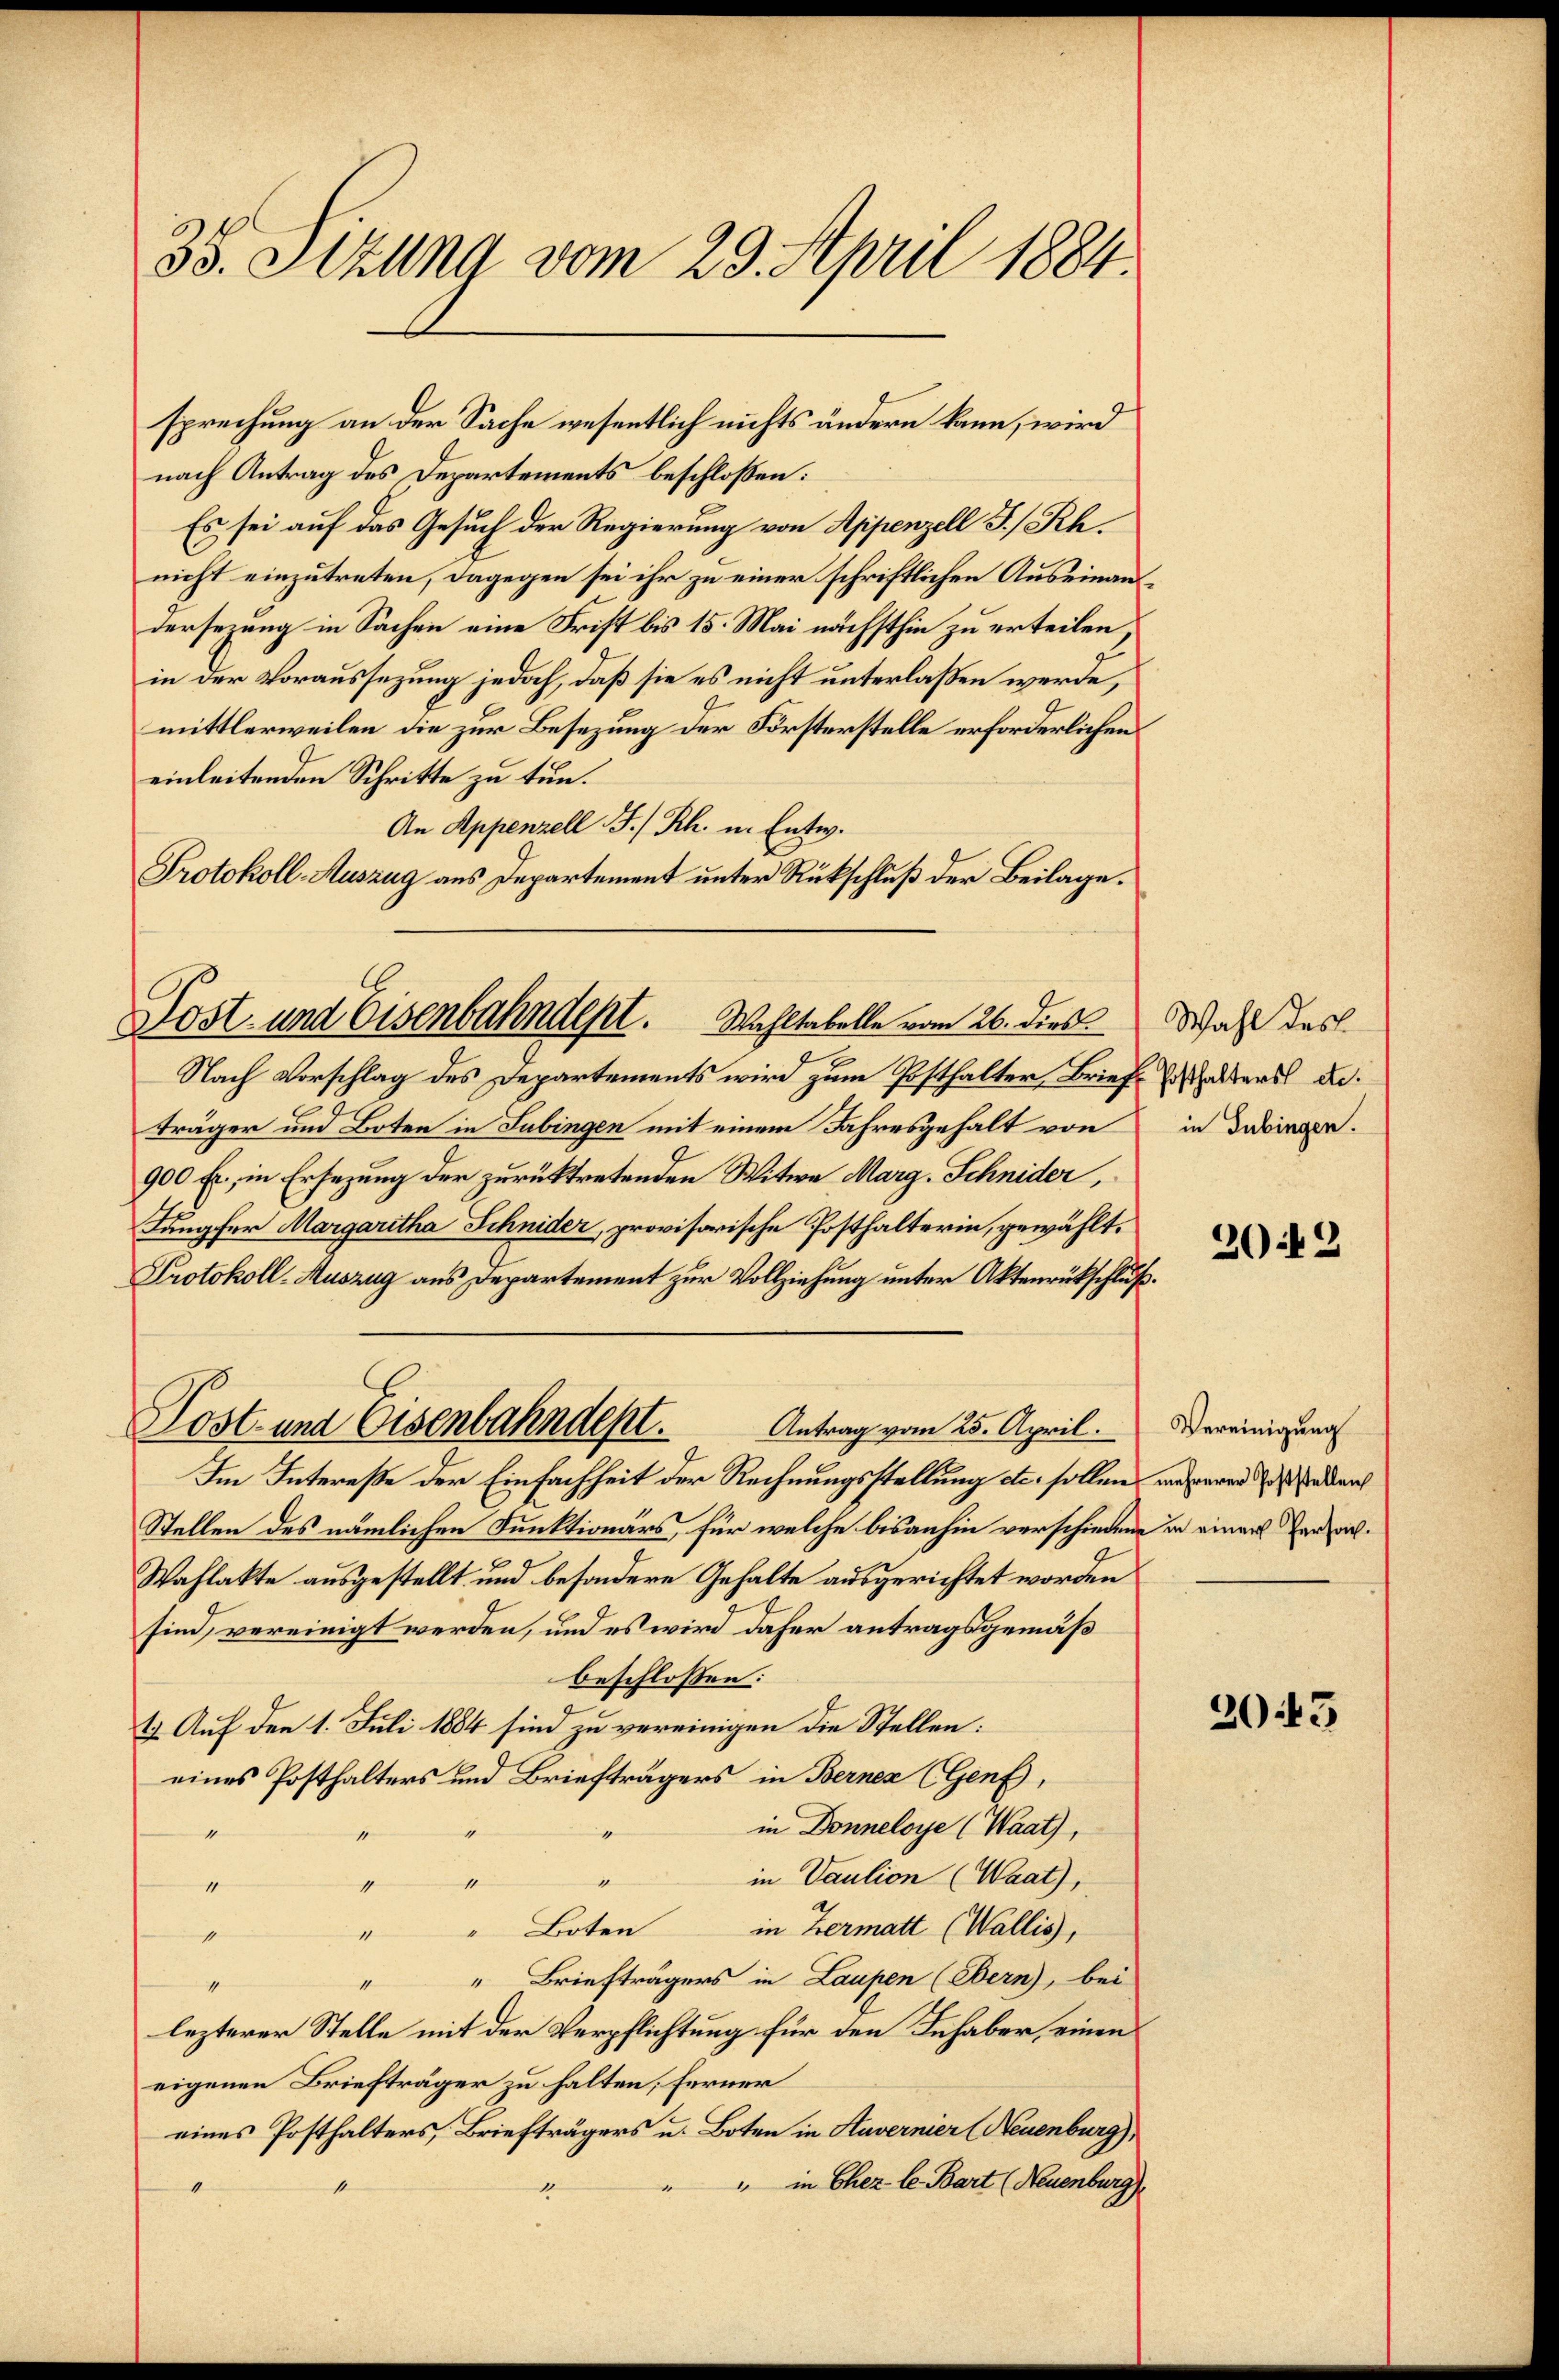
35. Stzung vom 29. April 1884.

sprechung an der Sache wesentlich nichts ändern kann, wird
nach Antrag des Departements beschloßen:
Es sei auf das Gesuch der Regierung von Appenzell I/Rh.
nicht einzutreten, dagegen sei ihr zu einer schriftlichen Auseinanderseiung in Sachen eine Frist bis 15. Mai nächsthin zu erteilen,
in der Voraussezung jedoch, daß sie es nicht unterlaßen werde,
mittlerweilen die zur Besezung der Försterstelle erforderlichen
einleitenden Schritte zu tun.
An Appenzell I/Rh. in Entw.
Protokoll-Auszug aus Departement unter Rückschluß der Beilage.

Post- und Eisenbahndept. Wohltabelle vom 26. dies

s
Nach Vorschlag des Departements wird zum Posthalter Briefe halters d.
träger und Boten in Sabingen mit einem Jahresgehalt von
900 fr., in Ersezung der zurücktretenden Witwe Marg. Schnider,
Langfer Margaritha Schnider, provisorische Posthalterin, gewählt.
Protokoll-Auszug aus Departement zur Vollziehung unter Aktenrückschluß.
Im Intereße der Einfachheit der Rechnungsstellung etc. sollen unserer den
Stellen des nämlichen Funktionärs, für welche bisanhin verschiedene in einer Penzar¬
Wahlakte ausgestellt und besondere Gehalte ausgerichtet worden
sind, vereinigt werden, und es wird daher antragsgemäß
beschlossen:
1. Auf den 1. Juli 1884 sind zu vereinigen die Stellen:
eines Posthalters und Briefträgers in Bernen (Genf,
in Donneloye (Waat),
e
in Paulion (Waat),
"
1
4
4
in Zermatt (Wallis,
 Boten
n
s
" " Briefträgers in Laupen (Bern), bei
4
lezterer Stelle mit der Verpflichtung für den Inhaber, einen
eigenen Briefträger zu halten; ferner
eines Posthalters, Briefträgers u. Boten in Havernier (Neuenburg),
" in Chez le. Bart (Neuenburg)
4
1

Post- und Eisenbahndept.
Antrag vom 25. April.

Wahl des
in Tübingen.

2042

Vereinigung

2043